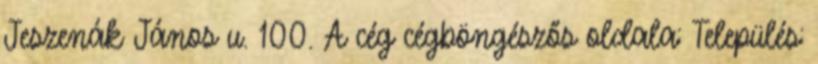
Jeszenák János u. 100. A cég cégböngészős oldala: Település: